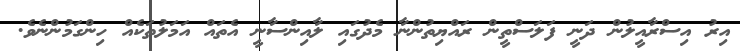
އިރު އިސްރާއީލުން ދަނީ ފަލަސްތީން ރައްޔިތުންނާ މެދުގައި ލާއިންސާނީ އެތައް އަމަލުތަކެއް ހިންގަމުންނެވެ.